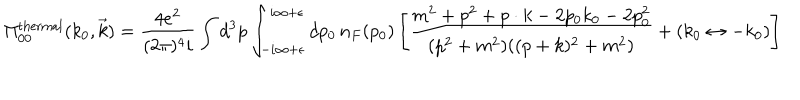
\Pi _ { 0 0 } ^ { \mathrm { t h e r m a l } } ( k _ { 0 } , \vec { k } ) = { \frac { 4 e ^ { 2 } } { ( 2 \pi ) ^ { 4 } i } } \int d ^ { 3 } p \int _ { - i \infty + \epsilon } ^ { i \infty + \epsilon } d p _ { 0 } \, n _ { F } ( p _ { 0 } ) \left[ { \frac { m ^ { 2 } + p ^ { 2 } + p \cdot k - 2 p _ { 0 } k _ { 0 } - 2 p _ { 0 } ^ { 2 } } { ( p ^ { 2 } + m ^ { 2 } ) ( ( p + k ) ^ { 2 } + m ^ { 2 } ) } } + ( k _ { 0 } \leftrightarrow - k _ { 0 } ) \right]